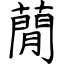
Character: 蕑